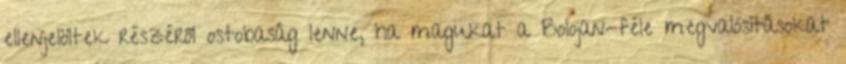
ellenjelöltek részéről ostobaság lenne, ha magukat a Bolojan-féle megvalósításokat